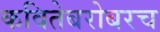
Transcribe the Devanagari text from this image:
कवितेबरोबरच